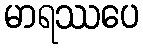
မာရဿပေ